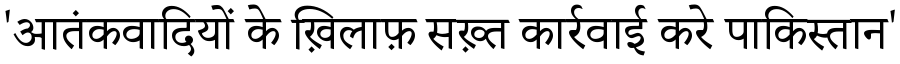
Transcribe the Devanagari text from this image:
'आतंकवादियों के ख़िलाफ़ सख़्त कार्रवाई करे पाकिस्तान'